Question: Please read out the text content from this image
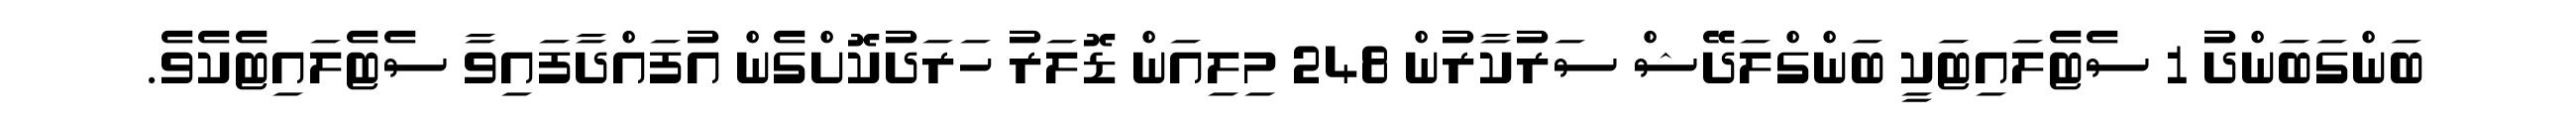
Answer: ބަންގަބަންދު 1 ސެޓެލައިޓަކީ ބަންގްލަދޭޝް ސަރުކާރުން 248 މިލިއަން ޑޮލަރު ހަރަދުކޮށްގެން އުފައްދާފައިވާ ސެޓެލައިޓެކެވެ.